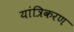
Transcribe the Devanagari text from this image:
यांत्रिकरण